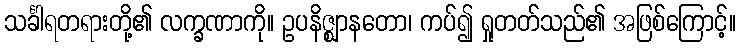
သင်္ခါရတရားတို့၏ လက္ခဏာကို။ ဥပနိဇ္ဈာနတော၊ ကပ်၍ ရှုတတ်သည်၏ အဖြစ်ကြောင့်။